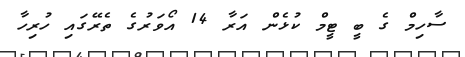
ސާހިމް ގެ ބީ ޓީމް ކުޅެން އަރާ 14 އޯވަރުގެ ތެރޭގައި ހުރިހާ